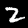
Digit: 2